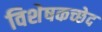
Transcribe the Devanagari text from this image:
विशेषकच्छेद